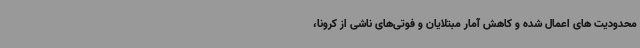
محدودیت های اعمال شده و کاهش آمار مبتلایان و فوتی‌های ناشی از کرونا،